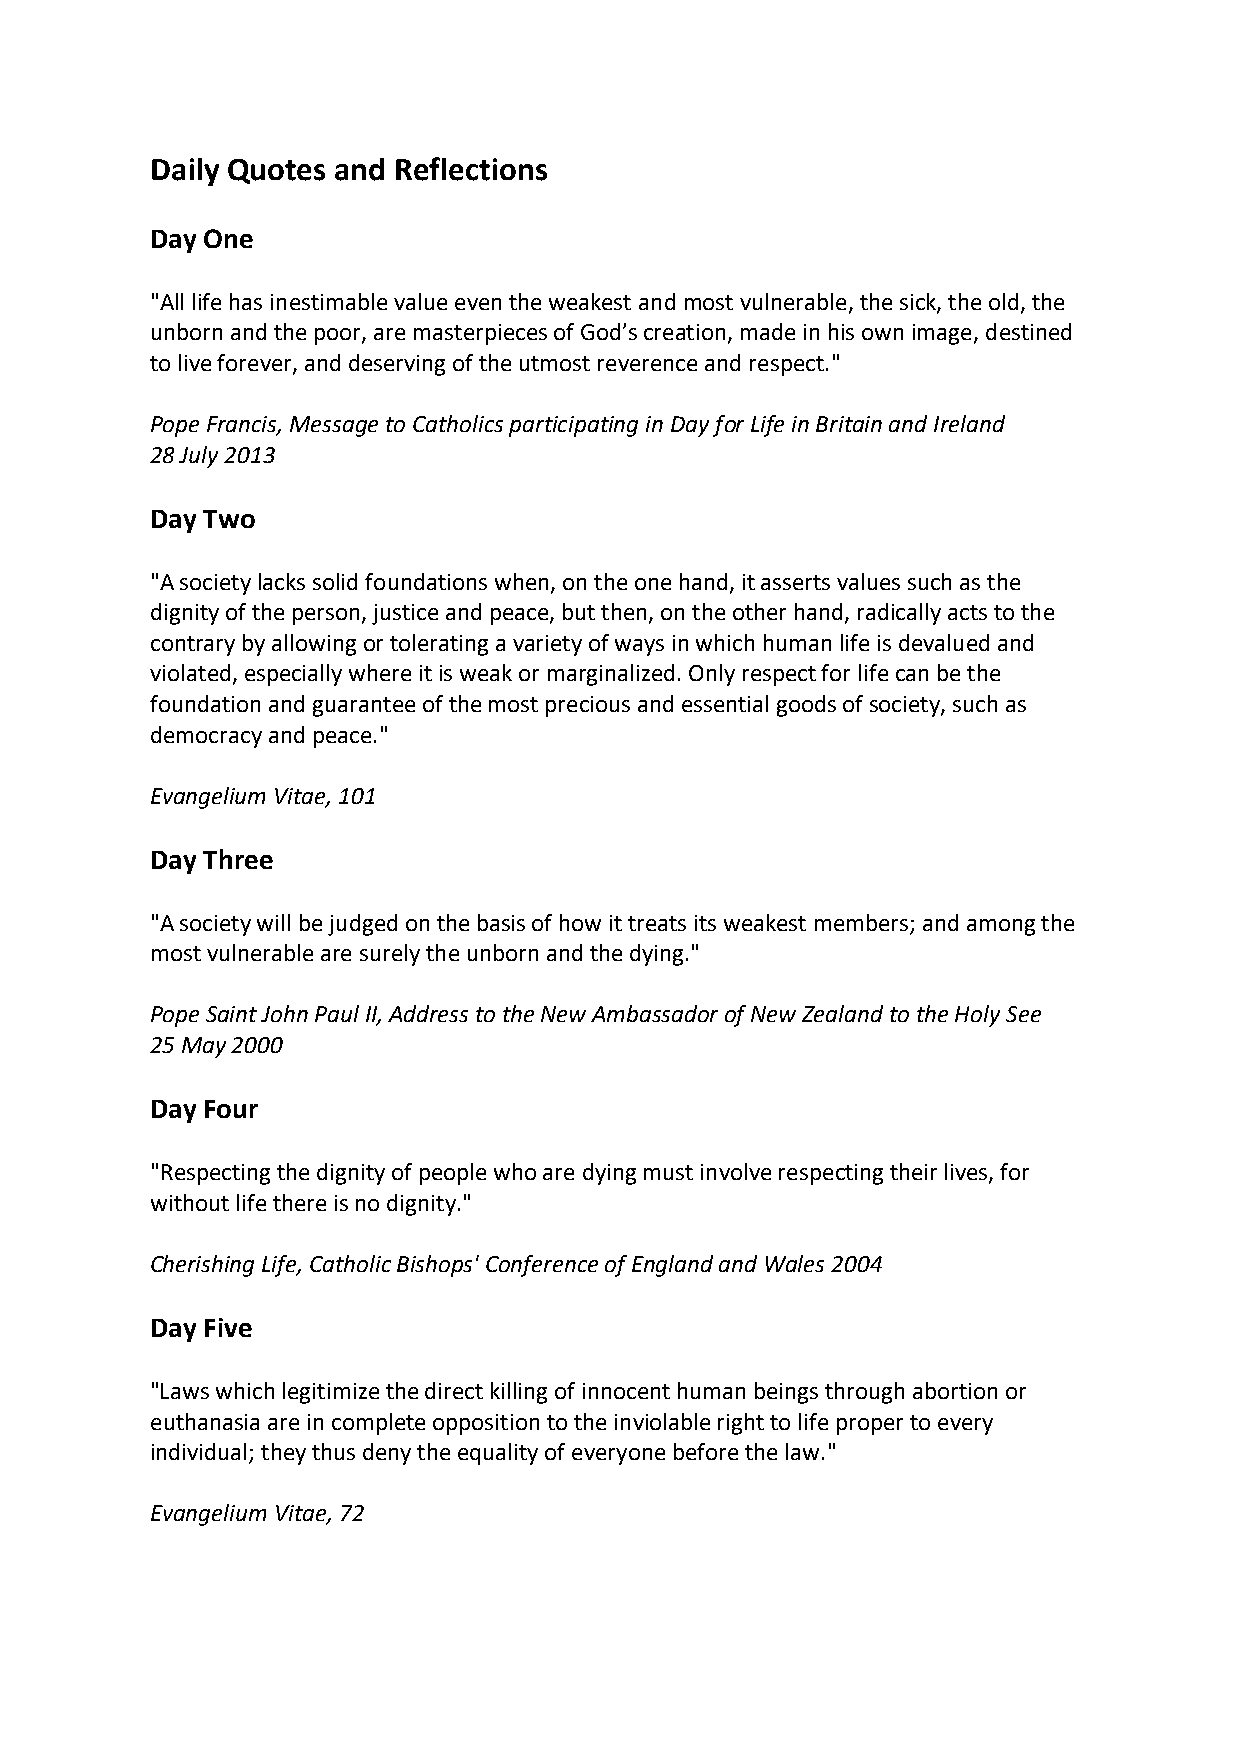
Daily Quotes and Reflections
 Day One
 "All life has inestimable value even the weakest and most vulnerable, the sick, the old, the
 unborn and the poor, are masterpieces of God’s creation, made in his own image, destined
 to live forever, and deserving of the utmost reverence and respect."
 Pope Francis, Message to Catholics participating in Day for Life in Britain and Ireland
 28 July 2013
 Day Two
 "A society lacks solid foundations when, on the one hand, it asserts values such as the
 dignity of the person, justice and peace, but then, on the other hand, radically acts to the
 contrary by allowing or tolerating a variety of ways in which human life is devalued and
 violated, especially where it is weak or marginalized. Only respect for life can be the
 foundation and guarantee of the most precious and essential goods of society, such as
 democracy and peace."
 Evangelium Vitae, 101
 Day Three
 "A society will be judged on the basis of how it treats its weakest members; and among the
 most vulnerable are surely the unborn and the dying."
 Pope Saint John Paul II, Address to the New Ambassador of New Zealand to the Holy See
 25 May 2000
 Day Four
 "Respecting the dignity of people who are dying must involve respecting their lives, for
 without life there is no dignity."
 Cherishing Life, Catholic Bishops' Conference of England and Wales 2004
 Day Five
 "Laws which legitimize the direct killing of innocent human beings through abortion or
 euthanasia are in complete opposition to the inviolable right to life proper to every
 individual; they thus deny the equality of everyone before the law."
 Evangelium Vitae, 72